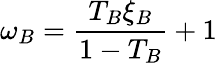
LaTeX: \omega_{B}=\frac{T_{B}\xi_{B}}{1-T_{B}}+1